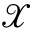
\mathcal X